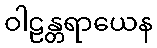
ဝါဠန္တရာယေန